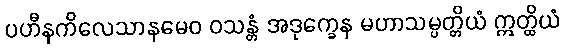
ပဟီနကိလေသာနမေဝ ဝသန္တံ အဒုက္ခေန မဟာသမ္ပတ္တိယံ ဣတ္ထိယံ